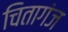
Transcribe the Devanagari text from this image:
चितागंज